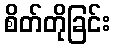
စိတ်တိုခြင်း